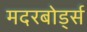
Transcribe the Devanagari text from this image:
मदरबोर्ड्स